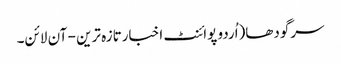
سرگودھا(اُردو پوائنٹ اخبارتازہ ترین - آن لائن۔